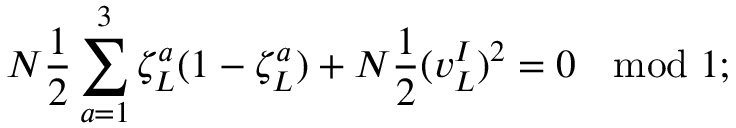
N \frac { 1 } { 2 } \sum _ { a = 1 } ^ { 3 } \zeta _ { L } ^ { a } ( 1 - \zeta _ { L } ^ { a } ) + N \frac { 1 } { 2 } ( v _ { L } ^ { I } ) ^ { 2 } = 0 \ \ \bmod 1 ;